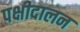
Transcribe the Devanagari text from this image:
पक्षीदालन